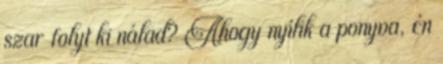
szar folyt ki nálad? Ahogy nyílik a ponyva, én